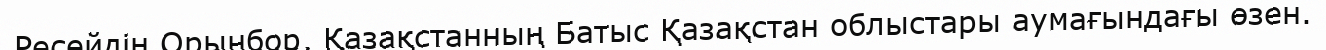
Ресейдің Орынбор, Қазақстанның Батыс Қазақстан облыстары аумағындағы өзен.